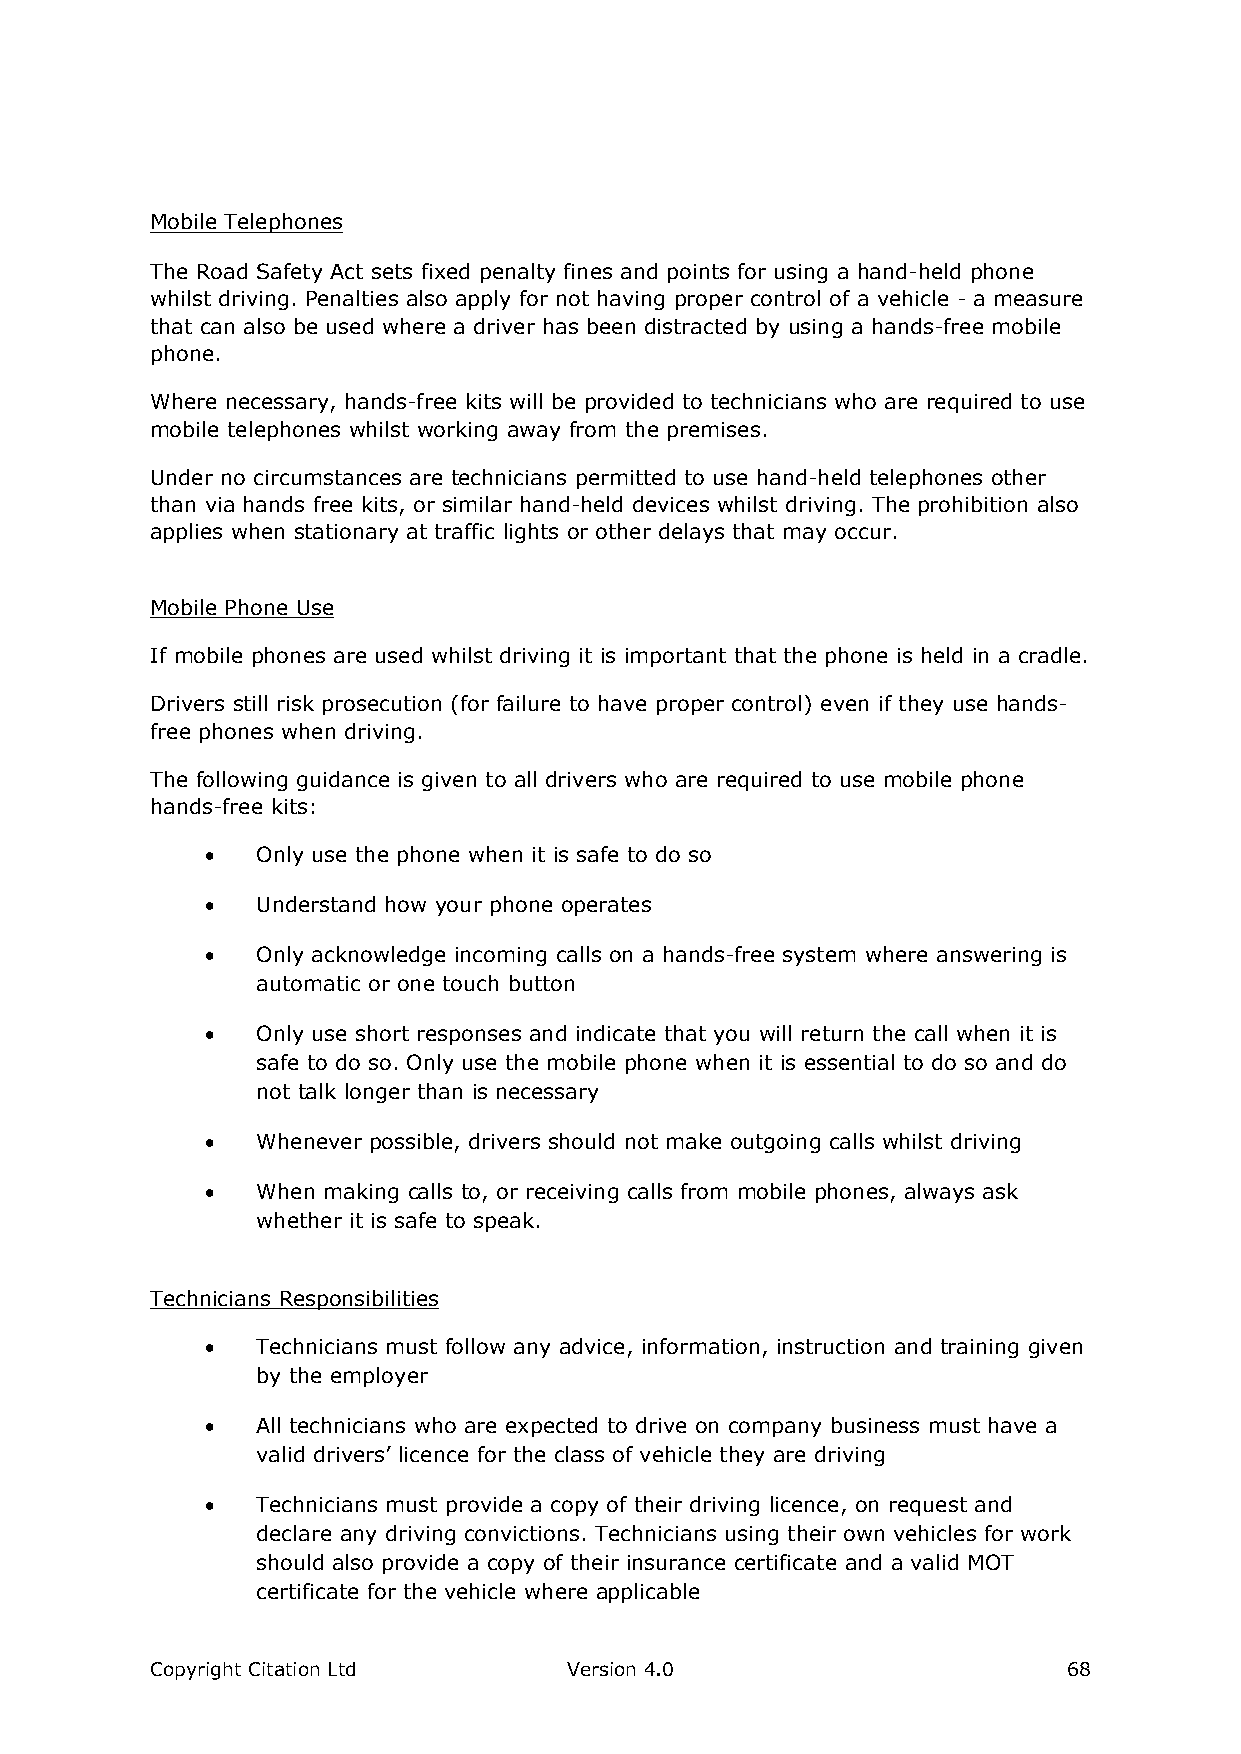
Mobile Telephones
 The Road Safety Act sets fixed penalty fines and points for using a hand-held phone
 whilst driving. Penalties also apply for not having proper control of a vehicle - a measure
 that can also be used where a driver has been distracted by using a hands-free mobile
 phone.
 Where necessary, hands-free kits will be provided to technicians who are required to use
 mobile telephones whilst working away from the premises.
 Under no circumstances are technicians permitted to use hand-held telephones other
 than via hands free kits, or similar hand-held devices whilst driving. The prohibition also
 applies when stationary at traffic lights or other delays that may occur.
 Mobile Phone Use
 If mobile phones are used whilst driving it is important that the phone is held in a cradle.
 Drivers still risk prosecution (for failure to have proper control) even if they use hands-
 free phones when driving.
 The following guidance is given to all drivers who are required to use mobile phone
 hands-free kits:
   Only use the phone when it is safe to do so
   Understand how your phone operates
   Only acknowledge incoming calls on a hands-free system where answering is
 automatic or one touch button
   Only use short responses and indicate that you will return the call when it is
 safe to do so. Only use the mobile phone when it is essential to do so and do
 not talk longer than is necessary
   Whenever possible, drivers should not make outgoing calls whilst driving
   When making calls to, or receiving calls from mobile phones, always ask
 whether it is safe to speak.
 Technicians Responsibilities
   Technicians must follow any advice, information, instruction and training given
 by the employer
   All technicians who are expected to drive on company business must have a
 valid drivers’ licence for the class of vehicle they are driving
   Technicians must provide a copy of their driving licence, on request and
 declare any driving convictions. Technicians using their own vehicles for work
 should also provide a copy of their insurance certificate and a valid MOT
 certificate for the vehicle where applicable
 Copyright Citation Ltd      Version 4.0                      68